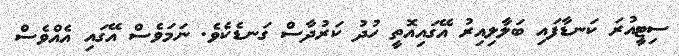
ސިޓީއުރަ ކަނޑާފައި ބަލާލިއިރު އޭގައިއޮތީ ހުދު ކަރުދާސް ގަނޑެކެވެ. ނަމަވެސް އޭގައި އެއްވެސް